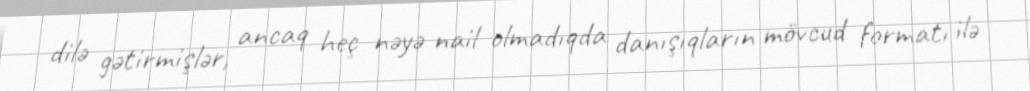
dilə gətirmişlər, ancaq heç nəyə nail olmadıqda danışıqların mövcud formatı ilə